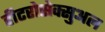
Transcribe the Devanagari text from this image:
हीटरोसेक्सुअल